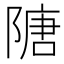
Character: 䧜